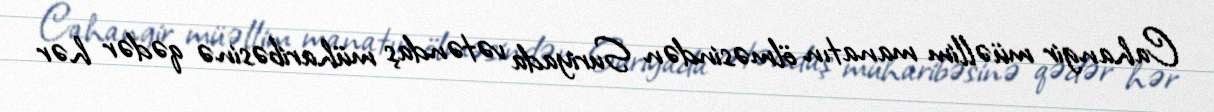
Cahangir müəllim manatın ölməsindən Suriyada vətəndaş müharibəsinə qədər hər